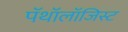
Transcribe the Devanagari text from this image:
पॅथॉलॉजिस्ट